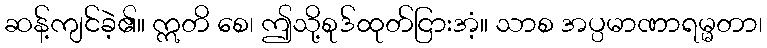
ဆန့်ကျင်ခဲ့၏။ ဣတိ စေ၊ ဤသို့စုဒ်ထုတ်ငြားအံ့။ သာစ အပ္ပမာဏာရမ္မတာ၊